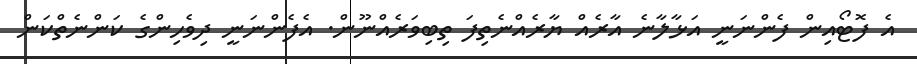
އެ ފޮޓޯއިން ފެންނަނީ އަޅާލާނެ އާރެއް ޔާރެއްނެތިފަ ތިބިވަރެއްނޫން. އެފެންނަނީ ދިވެހިންގެ ކަންނެތްކަން